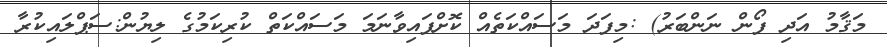
މަޤާމު އަދި ފޯން ނަންބަރު) :މިފަދަ މަސައްކަތެއް ކޮށްފައިވާނަމަ މަސައްކަތް ކުރިކަމުގެ ލިޔުން:ސަޕްލަައިކުރާ